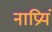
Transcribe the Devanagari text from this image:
नाप्रियं